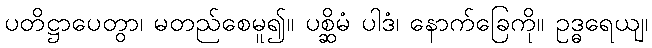
ပတိဋ္ဌာပေတွာ၊ မတည်စေမူ၍။ ပစ္ဆိမံ ပါဒံ၊ နောက်ခြေကို။ ဥဒ္ဓရေယျ၊